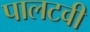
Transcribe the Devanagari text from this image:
पालटवी